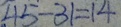
4 5 - 3 1 = 1 4